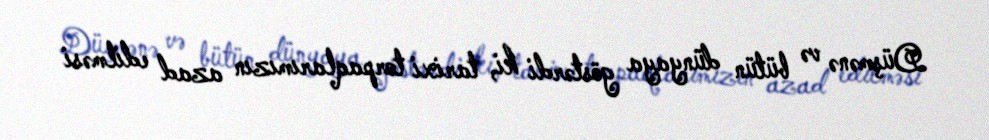
Düşmənə və bütün dünyaya göstərdi ki, tarixi torpaqlarımızın azad edilməsi